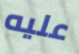
عليه